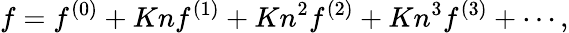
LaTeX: f={f^{(0)}}+Kn{f^{(1)}}+K{n^{2}}{f^{(2)}}+K{n^{3}}{f^{(3)}}+\cdots,